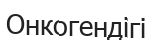
Онкогендігі